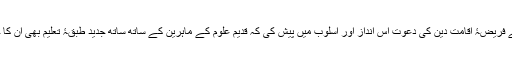
سیّدمودودیؒ نے فریضۂ اقامت دین کی دعوت اس انداز اور اسلوب میں پیش کی کہ قدیم علوم کے ماہرین کے ساتھ ساتھ جدید طبقۂ تعلیم بھی ان کا حلقہ بگوش ہوا۔